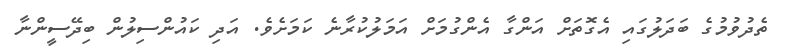
ތެދުވުމުގެ ބަދަލުގައި އެގޮތަށް އަންގާ އެންގުމަށް އަމަލުކުރާނެ ކަމަށެވެ. އަދި ކައުންސިލުން ބިދޭސީންނާ